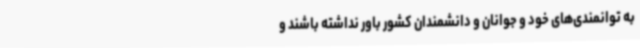
به توانمندی‌های خود و جوانان و دانشمندان کشور باور نداشته باشند و